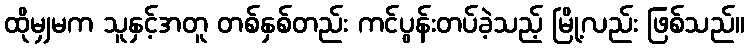
ထိုမျှမက သူနှင့်အတူ တစ်နှစ်တည်း ကင်ပွန်းတပ်ခဲ့သည့် မြို့လည်း ဖြစ်သည်။